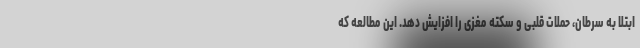
ابتلا به سرطان، حملات قلبی و سکته مغزی را افزایش دهد. این مطالعه که